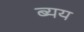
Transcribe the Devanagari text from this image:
ब्यय